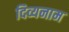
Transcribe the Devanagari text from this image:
दिव्यनाम